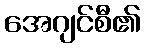
အေဂျင်စီ၏